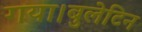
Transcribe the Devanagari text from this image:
गया।बुलेटिन